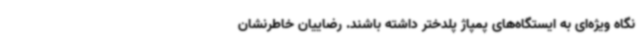
نگاه ویژه‌ای به ایستگاه‌های پمپاژ پلدختر داشته باشند. رضاییان خاطرنشان